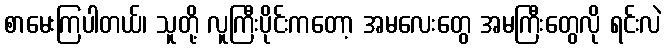
စာမေးကြပါတယ်၊ သူတို့ လူကြီးပိုင်းကတော့ အမလေးတွေ အမကြီးတွေလို ရင်းလဲ